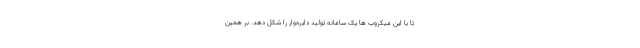
تا با این میکروب ها یک سامانه تولید دایره‌وار را شکل دهد. بر همین